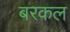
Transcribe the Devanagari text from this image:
बरकल